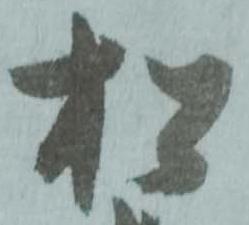
松